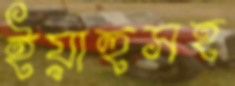
ইয়াহুসহ